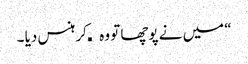
“ میں نے پوچھا تو وہ کھکھلا کر ہنس دیا ۔